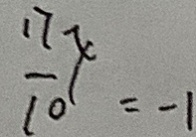
\frac { 1 7 } { 1 0 } x = - 1